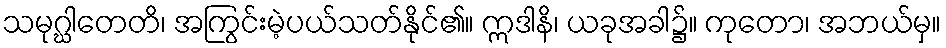
သမုဂ္ဃါတေတိ၊ အကြွင်းမဲ့ပယ်သတ်နိုင်၏။ ဣဒါနိ၊ ယခုအခါ၌။ ကုတော၊ အဘယ်မှ။